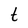
Character: t